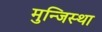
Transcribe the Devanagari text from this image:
मुन्जिस्था